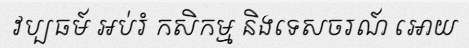
វប្បធម៍ អប់រំ កសិកម្ម និងទេសចរណ៍ អោយ